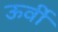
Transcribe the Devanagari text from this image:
ऊर्वी